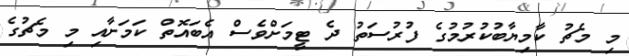
މި މެޗު ކާމިޔާބުކުރުމުގެ ފުރުސަތު ދެ ޓީމަށްވެސް އެބައޮތް ކަމަށާއި މި މެޗުގެ